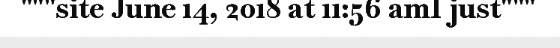
"""site June 14, 2018 at 11:56 amI just"""